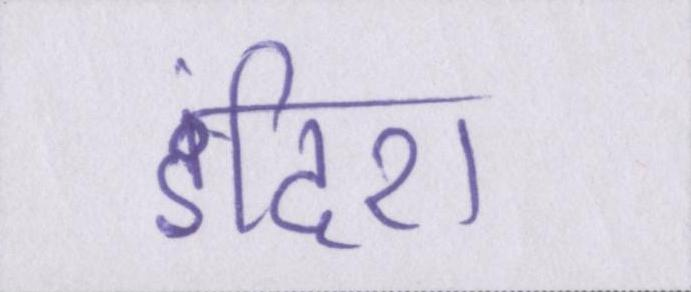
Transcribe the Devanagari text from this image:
इंदिरा